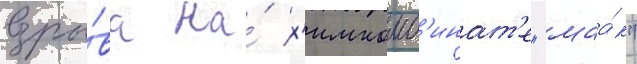
взры́ва на́ х'имкомб'инат'е "маа́к"